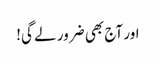
اور آج بھی ضرور لے گی!